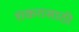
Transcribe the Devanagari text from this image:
शंकरासाठी